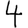
Digit: 4